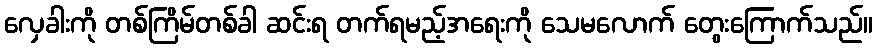
လှေခါးကို တစ်ကြိမ်တစ်ခါ ဆင်းရ တက်ရမည့်အရေးကို သေမလောက် တွေးကြောက်သည်။